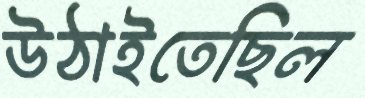
উঠাইতেছিল